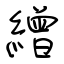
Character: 繒